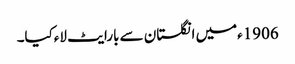
1906ءمیں انگلستان سے بارایٹ لاءکیا۔